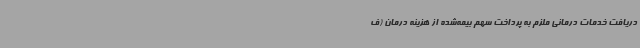
دریافت خدمات درمانی ملزم به پرداخت سهم بیمه‌شده از هزینه درمان (ف